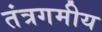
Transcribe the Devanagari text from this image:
तंत्रगमीय